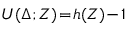
{ \cal U } ( \Delta ; Z ) \! = \! h ( Z ) \! - \! 1